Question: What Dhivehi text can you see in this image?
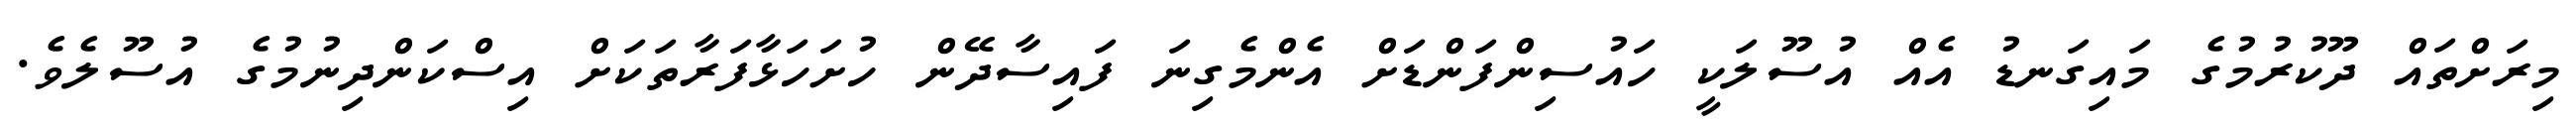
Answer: މިރަށްތައް ދޫކުރުމުގެ މައިގަނޑު އެއް އުސޫލަކީ ހައުސިންފަންޑަށް އެންމެގިނަ ފައިސާދޭން ހުށަހަޅާފަރާތަކަށް އިސްކަންދިނުމުގެ އުސޫލެވެ.